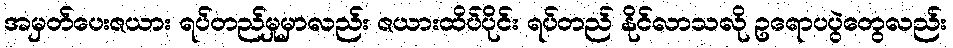
အမှတ်ပေးဇယား ရပ်တည်မှုမှာလည်း ဇယားထိပ်ပိုင်း ရပ်တည် နိုင်လာသလို ဥရောပပွဲတွေလည်း